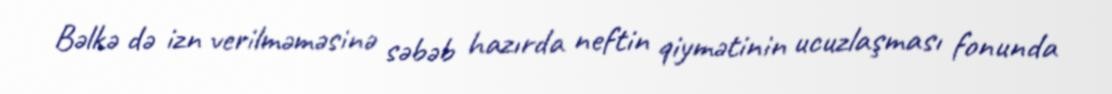
Bəlkə də izn verilməməsinə səbəb hazırda neftin qiymətinin ucuzlaşması fonunda